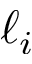
\ell _ { i }